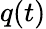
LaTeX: q(t)